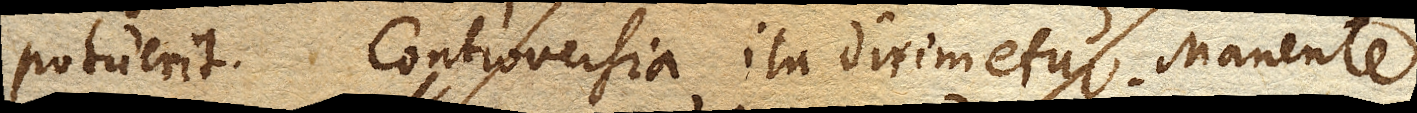
potuerit. Controversia ita dirimetur. Manente